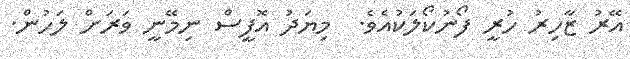
އޭރު ޒާހިރު ހުރީ ފޯނުކޯލަކުއެވެ.  މިޔަދު އޮފީސް ނިމޭނީ ވަރަށް ލަހުން.